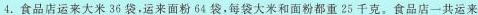
4.食品店运来大米36袋，运来面粉64袋，每袋大米和面粉都重25千克。食品店一共运来